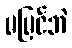
မမြင်ဘဲ